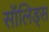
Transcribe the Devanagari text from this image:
सॉलिड्स